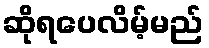
ဆိုရပေလိမ့်မည်